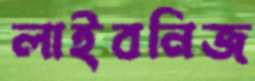
লাইবনিজ